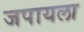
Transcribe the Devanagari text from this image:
जपायला